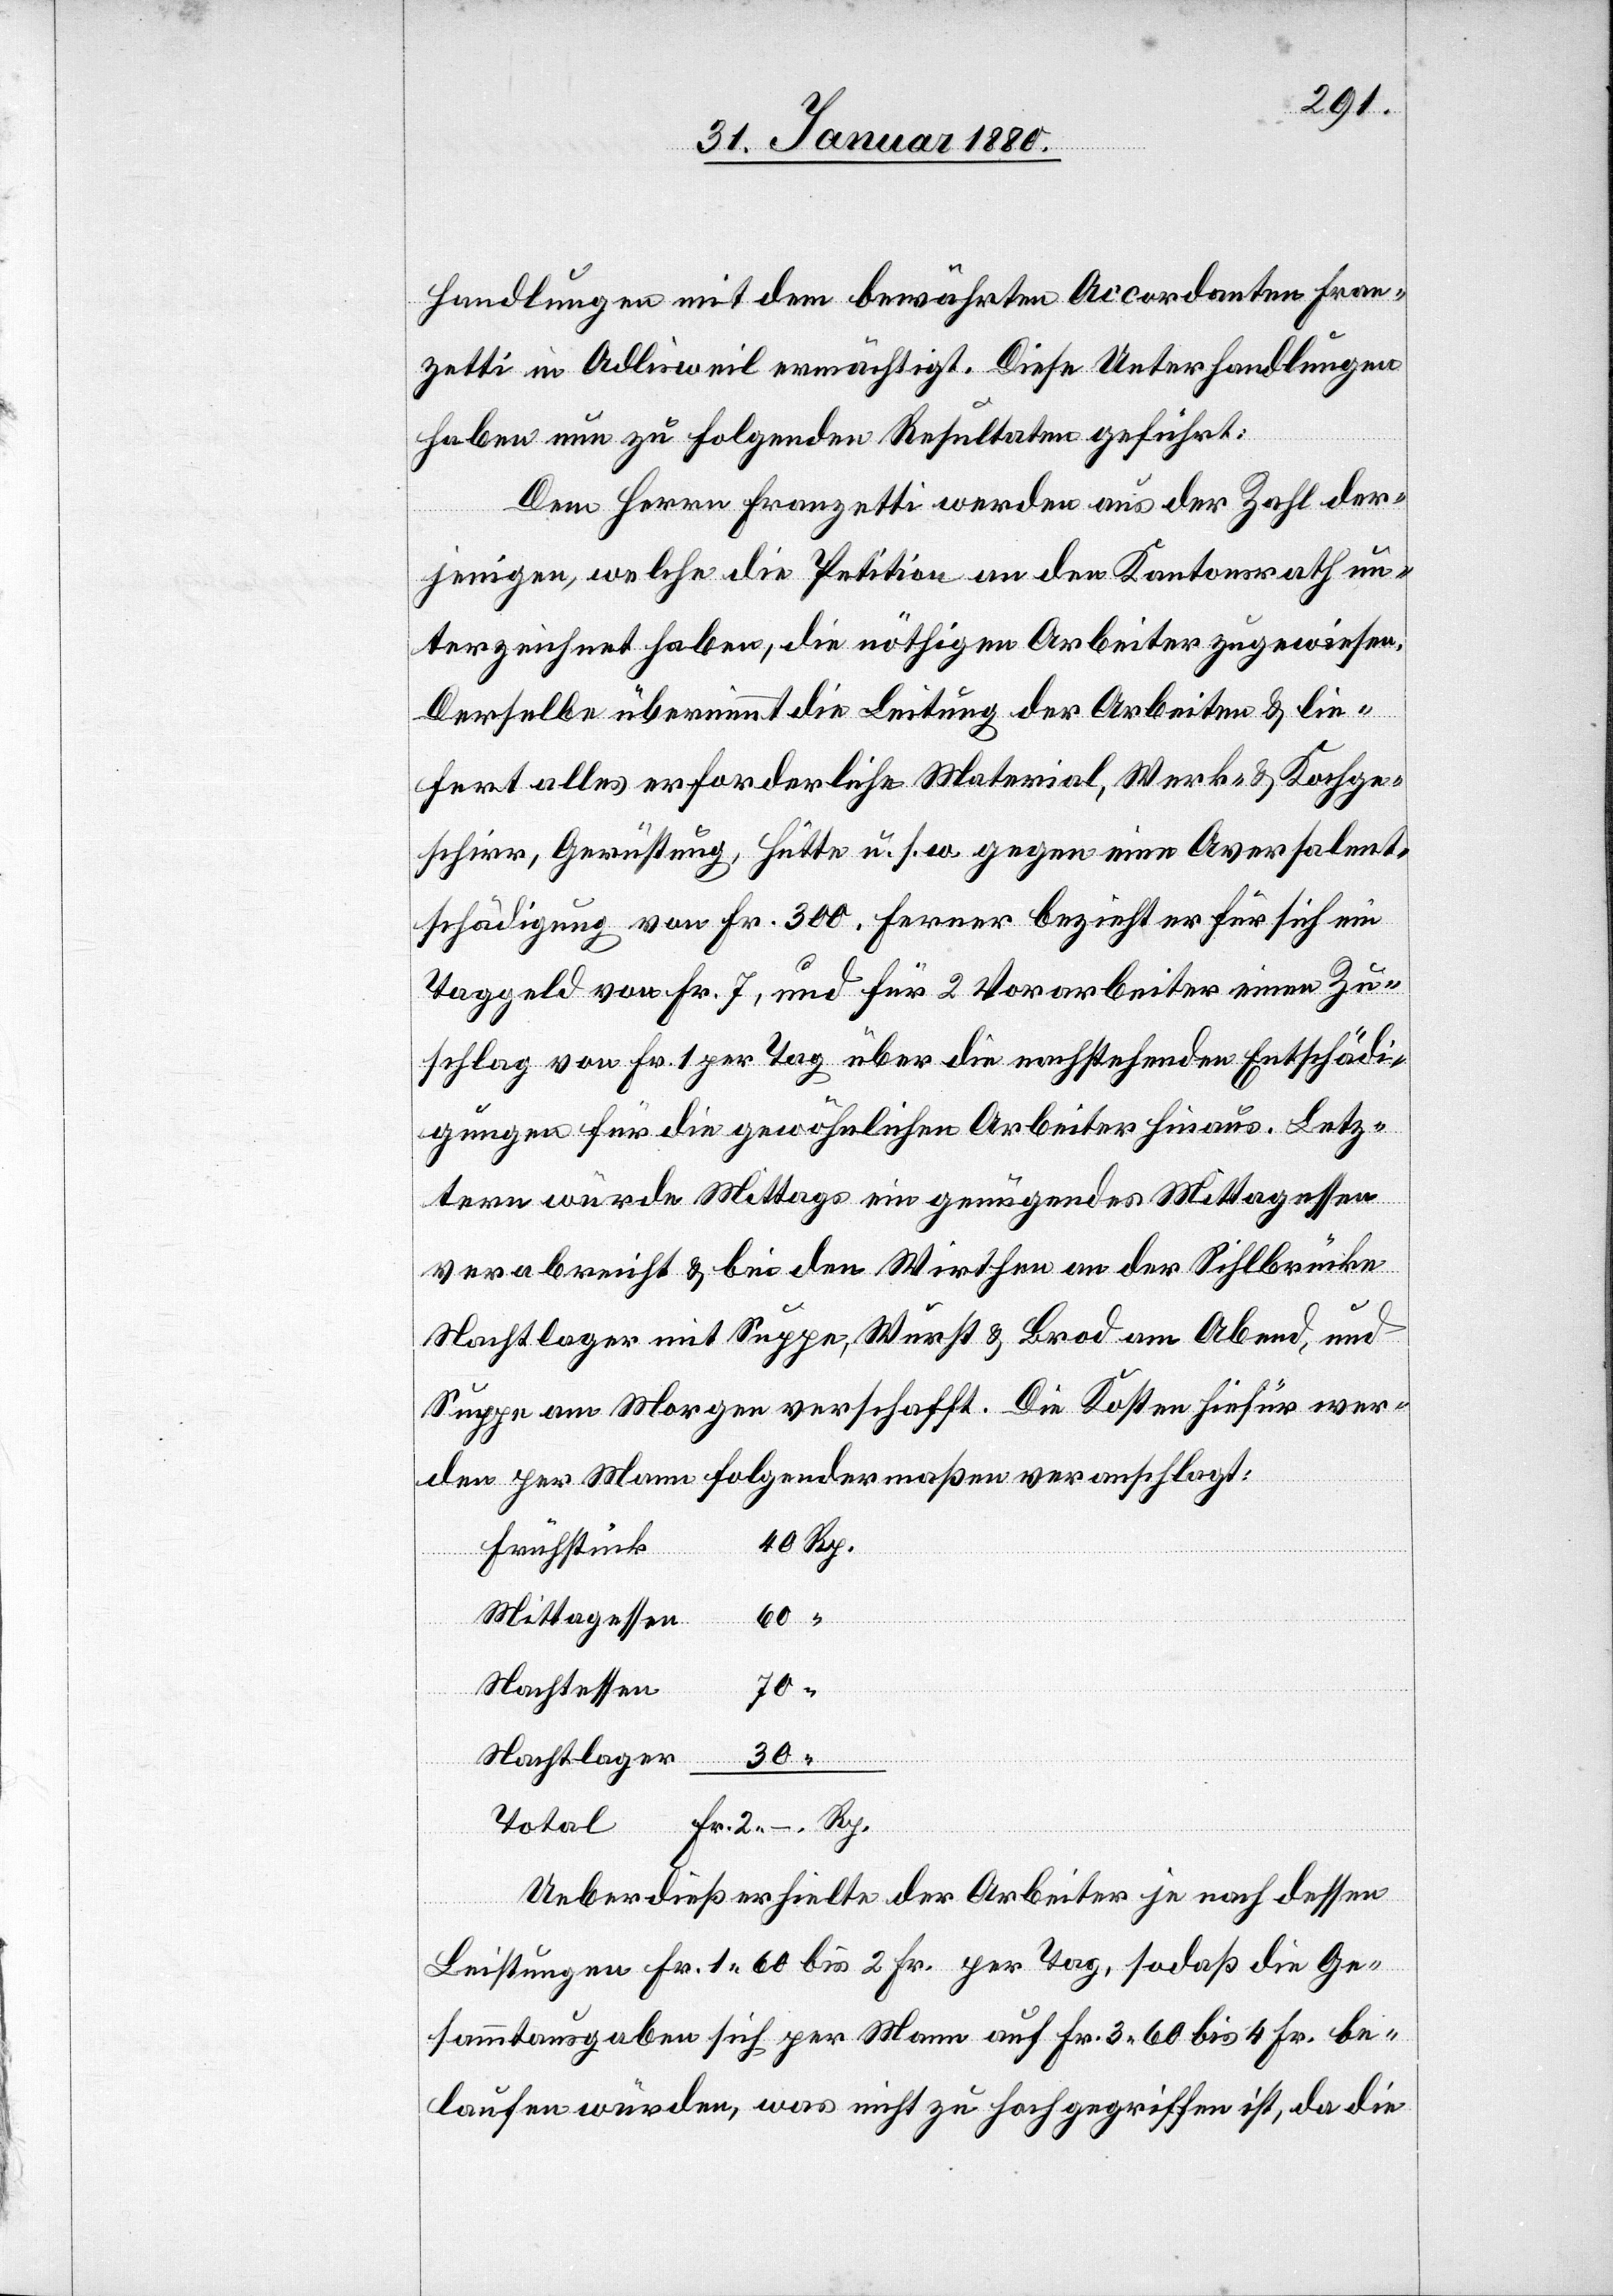
handlungen mit dem bewährten Accordanten Fran¬
zetti in Adlisweil ermächtigt. Diese Unterhandlungen
haben nun zu folgenden Resultaten geführt:
Dem Herrn Frenzetti werden aus der Zahl der¬
jenigen, welche die Petition an den Kantonsrath un¬
terzeichnet haben, die nöthigen Arbeiter zugewiesen.
Derselbe übernimmt die Leitung der Arbeiten & lie¬
fert alles erforderliche Material, Werk- & Kochge¬
schirr, Gerüstung, Hütte u. s. w. gegen eine Aversalent¬
schädigung von Fr. 300. Ferner bezieht er für sich ein
Taggeld von Fr. 7, und für 2 Vorarbeiter einen Zu¬
schlag von Fr. 1 per Tag über die nachstehenden Entschädi¬
gungen für die gewöhnlichen Arbeiter hinaus. Letz¬
tere würde Mittags ein genügendes Mittagessen
verabreicht & bei den Wirthen an der Sihlbrücke
Nachtlager mit Suppe, Wurst & Brod am Abend, und
Suppe am Morgen verschafft. Die Kosten hiefür wer¬
den per Mann folgendermaßen veranschlagt:
Frühstück
Mittagessen
60
Nachtessen
70
Nachtlager
Rp.
Total
Ueberdieß erhielte der Arbeiter je nach dessen
Leistungen Fr. 1.60 bis 2 Fr. per Tag, sodaß die Ge¬
sammtausgabe sich per Mann auf Fr. 3.60 bis 4 Fr. be¬
laufen würden, was nicht zu hoch gegriffen ist, da die